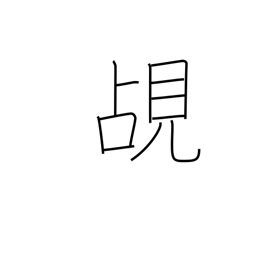
Meaning: peep